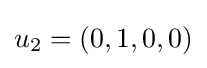
u_{2}=(0,1,0,0)